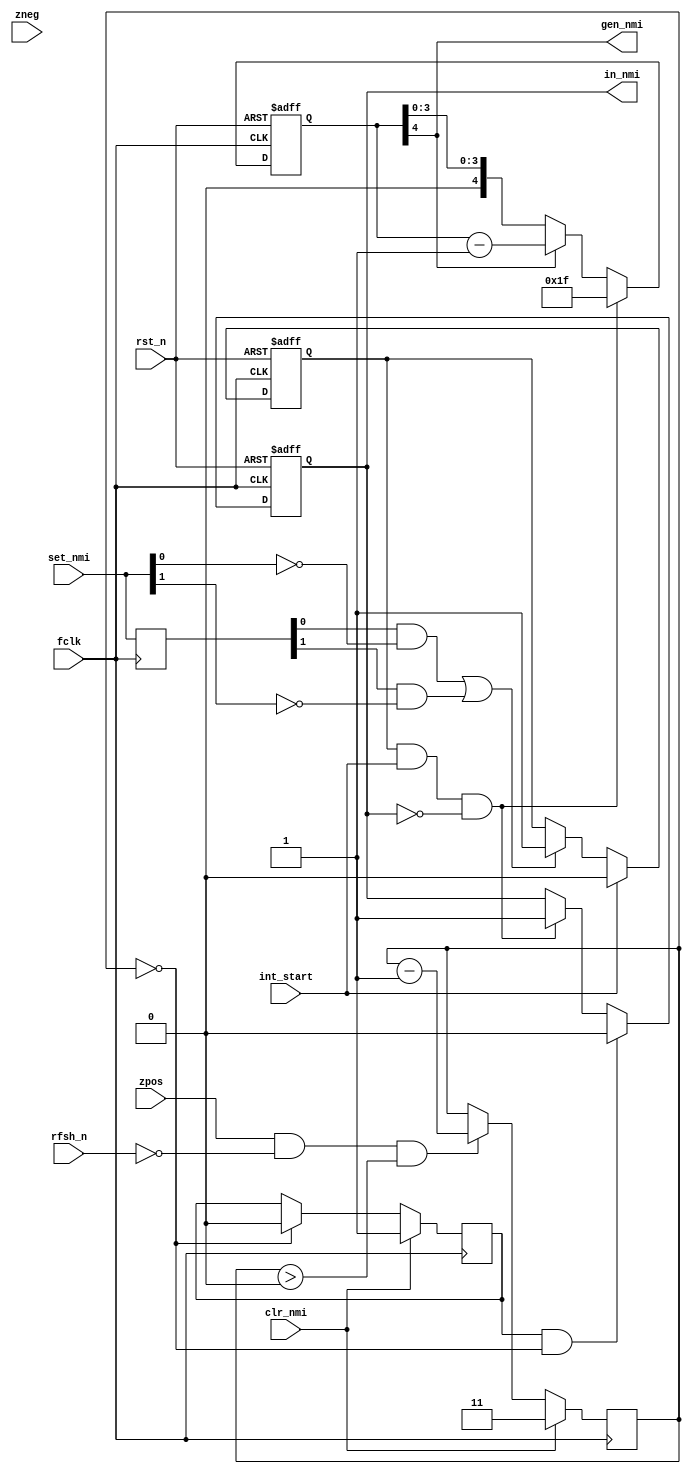
module znmi
(
  input  wire       fclk,
  input  wire       rst_n,
  input  wire       zpos,
  input  wire       zneg,
  input  wire       int_start, // when INT starts
  input  wire [1:0] set_nmi,   // NMI request from slavespi
  input  wire       clr_nmi, // clear nmi: from zports, pulsed at out to #xxBE
  input  wire       rfsh_n,
  output reg        in_nmi, // when 1, there must be last ram page in 0000-3FFF
  output wire       gen_nmi // NMI generator: when 1, NMI_N=0, otherwise NMI_N=Z
);

  reg  [1:0] set_nmi_r;
  reg [4:0] nmi_count;
  reg [1:0] clr_count;
  reg pending_nmi;
  reg pending_clr;
  
  wire set_nmi_now;
  
  always @(posedge fclk)
    set_nmi_r <= set_nmi;

  assign set_nmi_now = (set_nmi_r[0] && (!set_nmi[0])) ||
                       (set_nmi_r[1] && (!set_nmi[1])) ;

  always @(posedge fclk, negedge rst_n)
  if (!rst_n)
    pending_nmi <= 1'b0;
  else // posedge clk
  begin
    if (int_start)
      pending_nmi <= 1'b0;
    else if (set_nmi_now)
      pending_nmi <= 1'b1;
  end

  always @(posedge fclk)
  if (clr_nmi)
    clr_count <= 2'd3;
  else if (zpos && (!rfsh_n) && (clr_count > 2'd0))
    clr_count <= clr_count - 2'd1;

  always @(posedge fclk)
  if( clr_nmi )
    pending_clr <= 1'b1;
  else if (clr_count==2'd0)
    pending_clr <= 1'b0;

  always @(posedge fclk, negedge rst_n)
  if (!rst_n)
    in_nmi <= 1'b0;
  else // posedge clk
  begin
    if (pending_clr && (clr_count == 2'd0))
      in_nmi <= 1'b0;
    else if (pending_nmi && int_start && (!in_nmi))
      in_nmi <= 1'b1;
  end

  always @(posedge fclk, negedge rst_n)
  if (!rst_n)
    nmi_count <= 5'b00000;
  else if (pending_nmi && int_start && (!in_nmi))
    nmi_count <= 5'b11111;
  else if (nmi_count[4])
    nmi_count <= nmi_count - 5'd1;

  assign gen_nmi = nmi_count[4];

endmodule